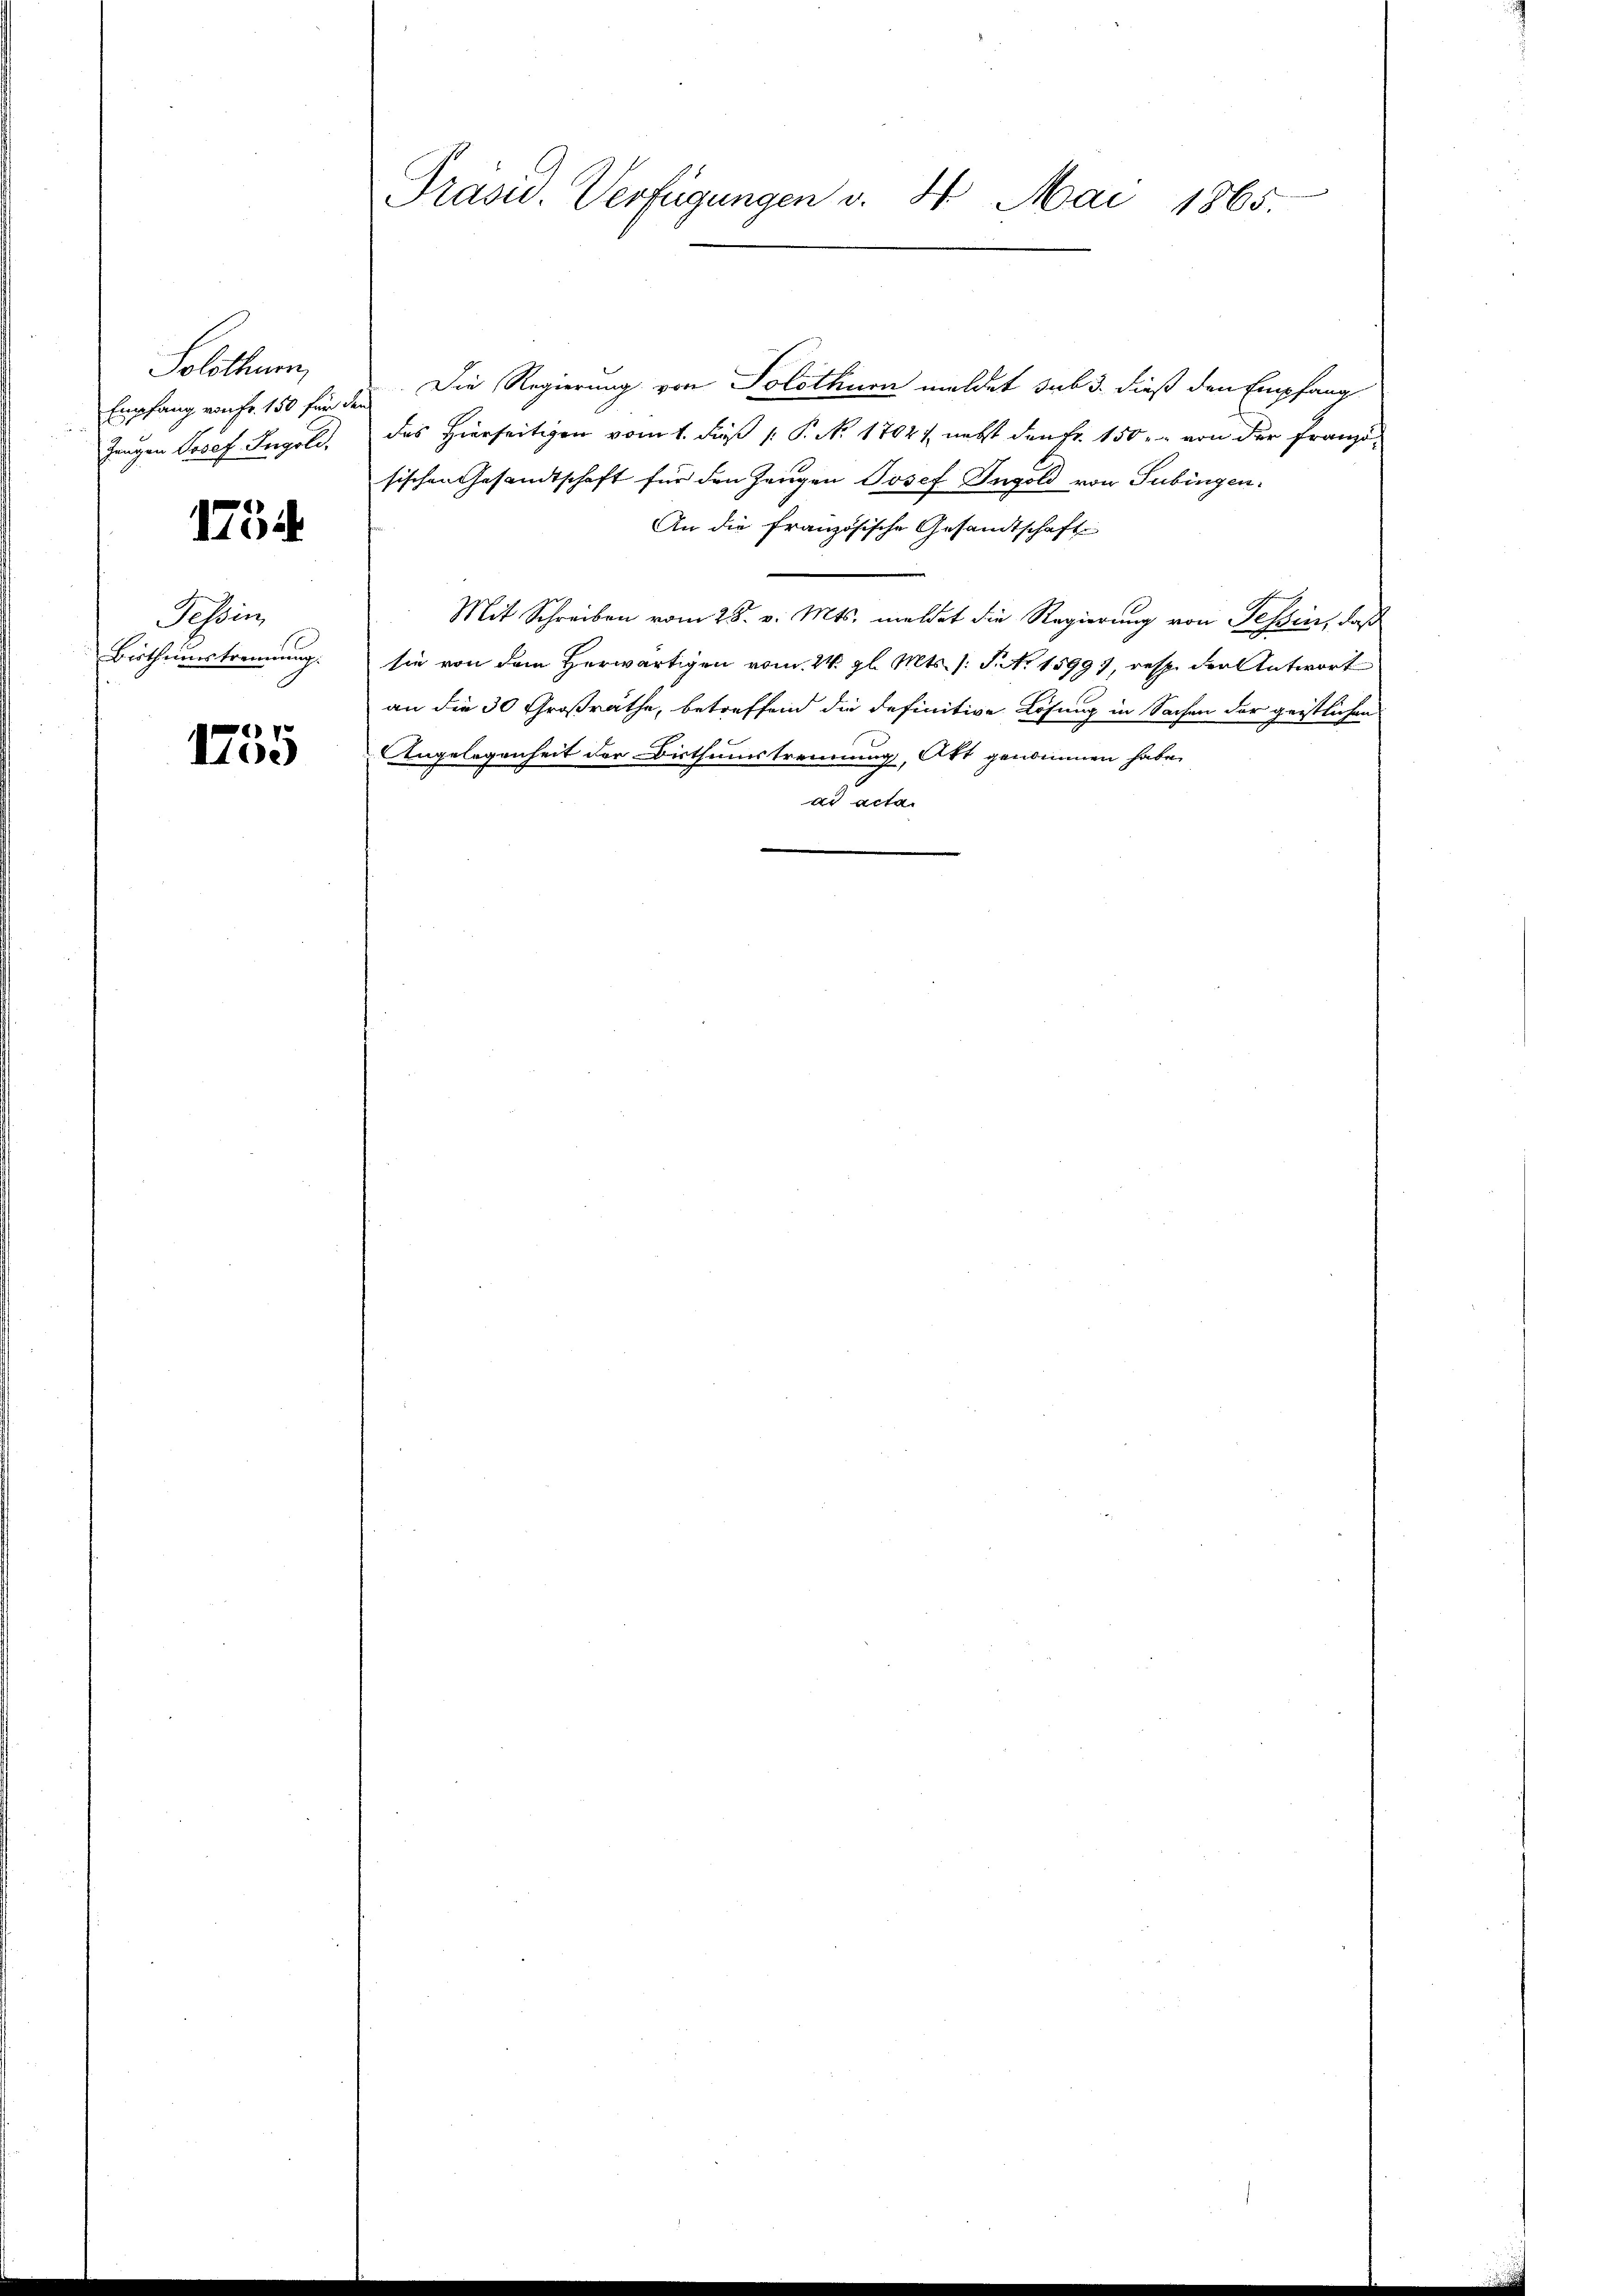
Solothurn,
Zungen Josef Ingold.

1754.

Tessin,
Bisthumstrennung.

1755

Präsid. Verfügungen v. 4. Mai 1865.

Empfang von Fr. 150 für des Die Regierung von Solothurn meldet sub 3. dieß den Empfang
des Hierseitigen vom 1. Faß 1. P. N. 1702, nebst den Fr. 150 von der Franzisischen Gesandtschaft für den Zeugen Josef Ingold von Subingen.
An die französische Gesandtschaft
Mit Schreiben vom 28. v. Mts. meldet die Regierung von Tessin, daß
sie von dem Herwärtigen vom 24. gl. Mts. s. S. No 15997, resp. der Antwort
an die 30 Großrathe, betreffend die definitive Lösung in Sachen der geistlichen
Angelegenheit der Bisthumstrennung, Akt genommen habe.
ad acta.